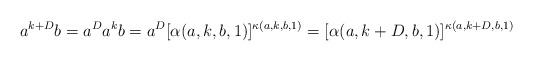
\begin{align*}a^{k+D}b=a^Da^kb=a^D[\alpha(a,k,b,1)]^{\kappa(a,k,b,1)}=[\alpha(a,k+D,b,1)]^{\kappa(a,k+D,b,1)}\end{align*}